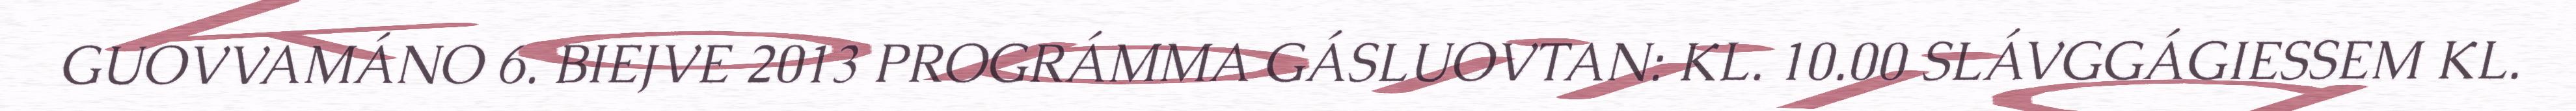
GUOVVAMÁNO 6. BIEJVE 2013 PROGRÁMMA GÁSLUOVTAN: KL. 10.00 SLÁVGGÁGIESSEM KL.